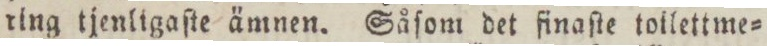
ring tjenligaſte ämnen. Såſom det finaſte toilettme=